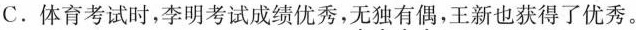
C.体育考试时，李明考试成绩优秀，\underset{·}{无} \underset{·}{独} \underset{·}{有} \underset{·}{偶} ，王新也获得了优秀。